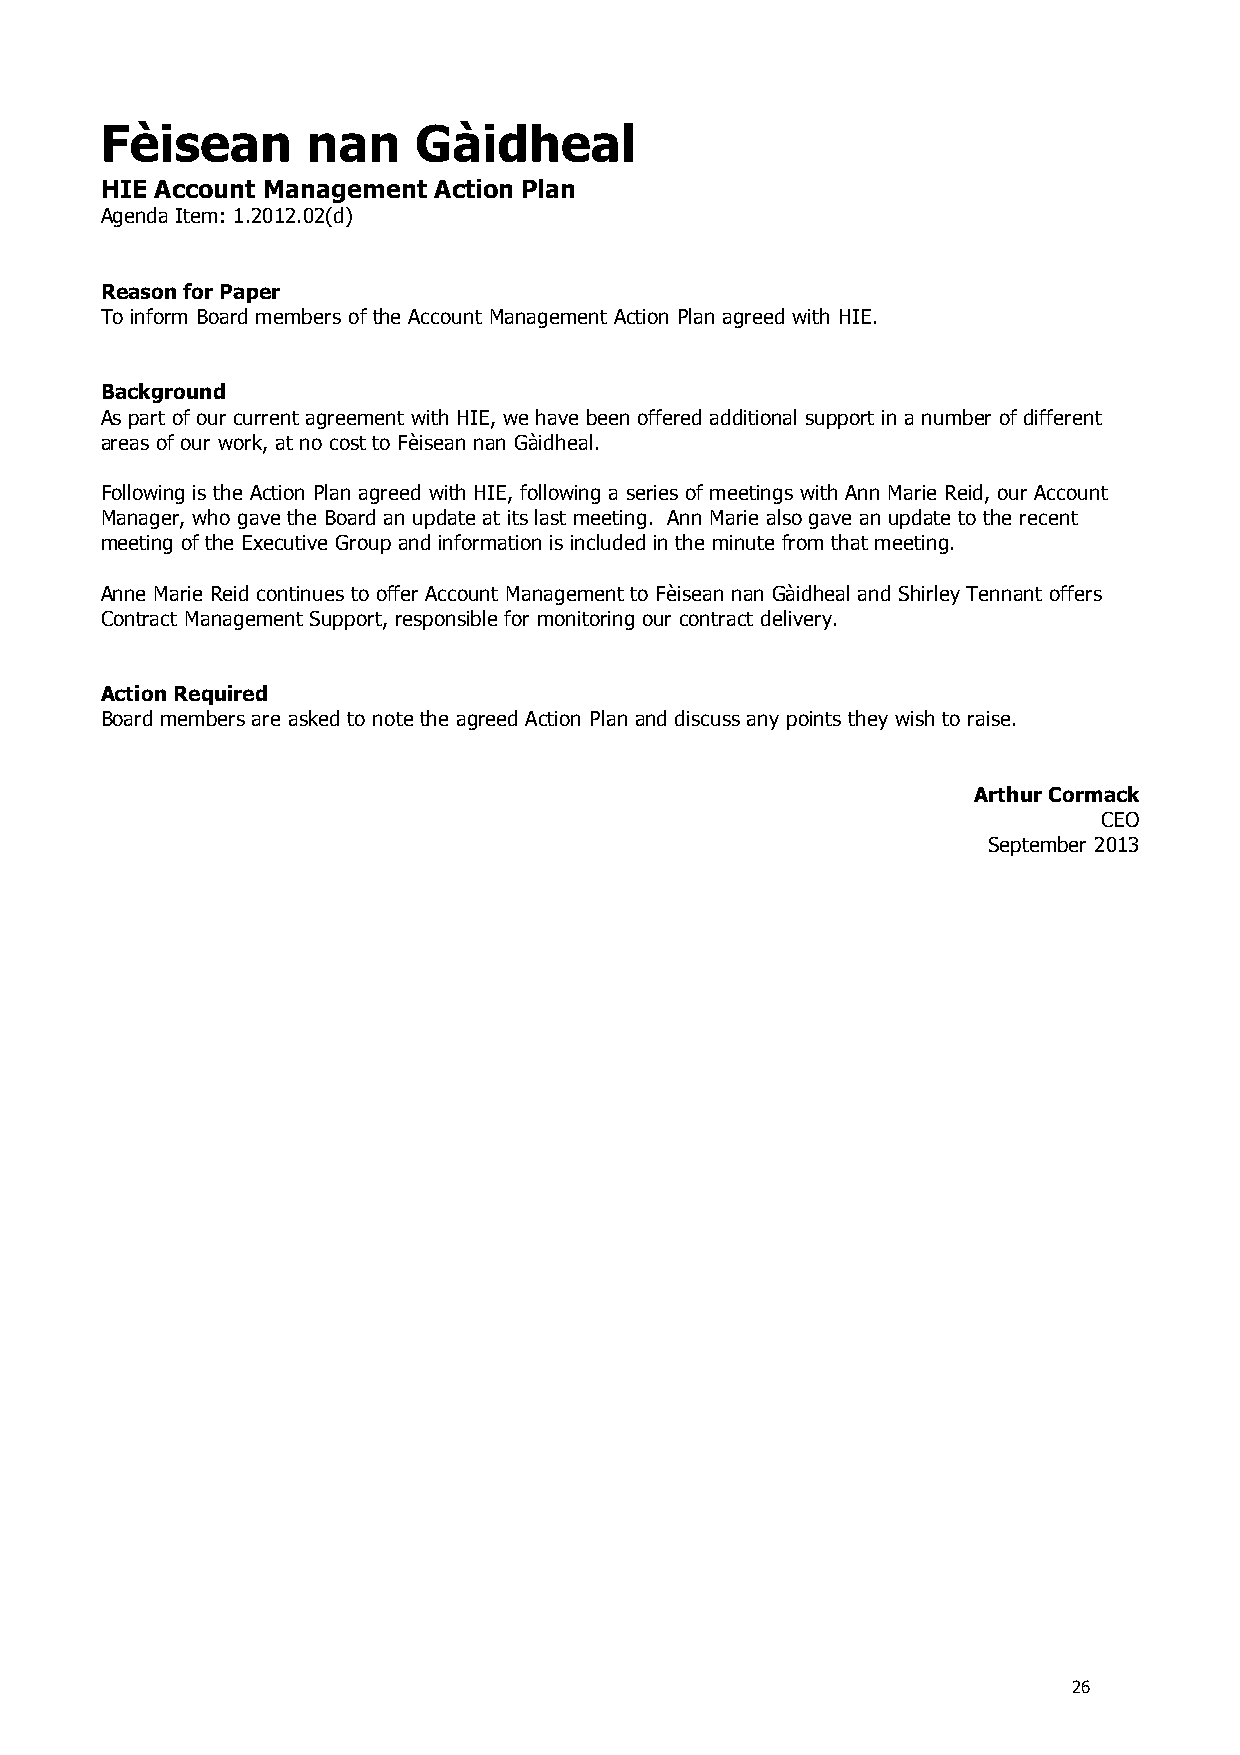
Fèisean      nan    Gàidheal
 HIE Account Management Action Plan
 Agenda Item: 1.2012.02(d)
 Reason for Paper
 To inform Board members of the Account Management Action Plan agreed with HIE.
 Background
 As part of our current agreement with HIE, we have been offered additional support in a number of different
 areas of our work, at no cost to Fèisean nan Gàidheal.
 Following is the Action Plan agreed with HIE, following a series of meetings with Ann Marie Reid, our Account
 Manager, who gave the Board an update at its last meeting. Ann Marie also gave an update to the recent
 meeting of the Executive Group and information is included in the minute from that meeting.
 Anne Marie Reid continues to offer Account Management to Fèisean nan Gàidheal and Shirley Tennant offers
 Contract Management Support, responsible for monitoring our contract delivery.
 Action Required
 Board members are asked to note the agreed Action Plan and discuss any points they wish to raise.
 Arthur Cormack
 CEO
 September 2013
 26